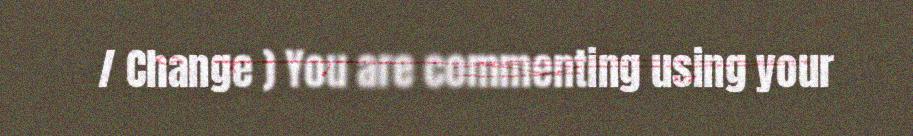
/ Change ) You are commenting using your